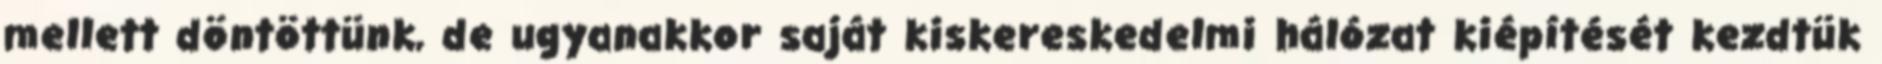
mellett döntöttünk, de ugyanakkor saját kiskereskedelmi hálózat kiépítését kezdtük